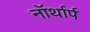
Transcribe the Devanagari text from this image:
नॉर्थार्प